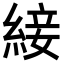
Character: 𦁉